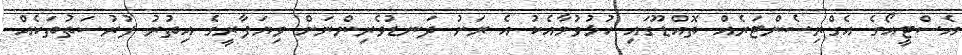
އެސްޓީއޯގެ އެގްރިސެންޓަރެއް ތޮއްޑޫގައި ހުޅުވުމާއެކު އެ ރަށު ދަނޑުވެރިންނަށް ވިޔަފާރީގެ އިތުރު ފުރުސަތުތަކެއް